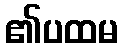
၏ပထမ